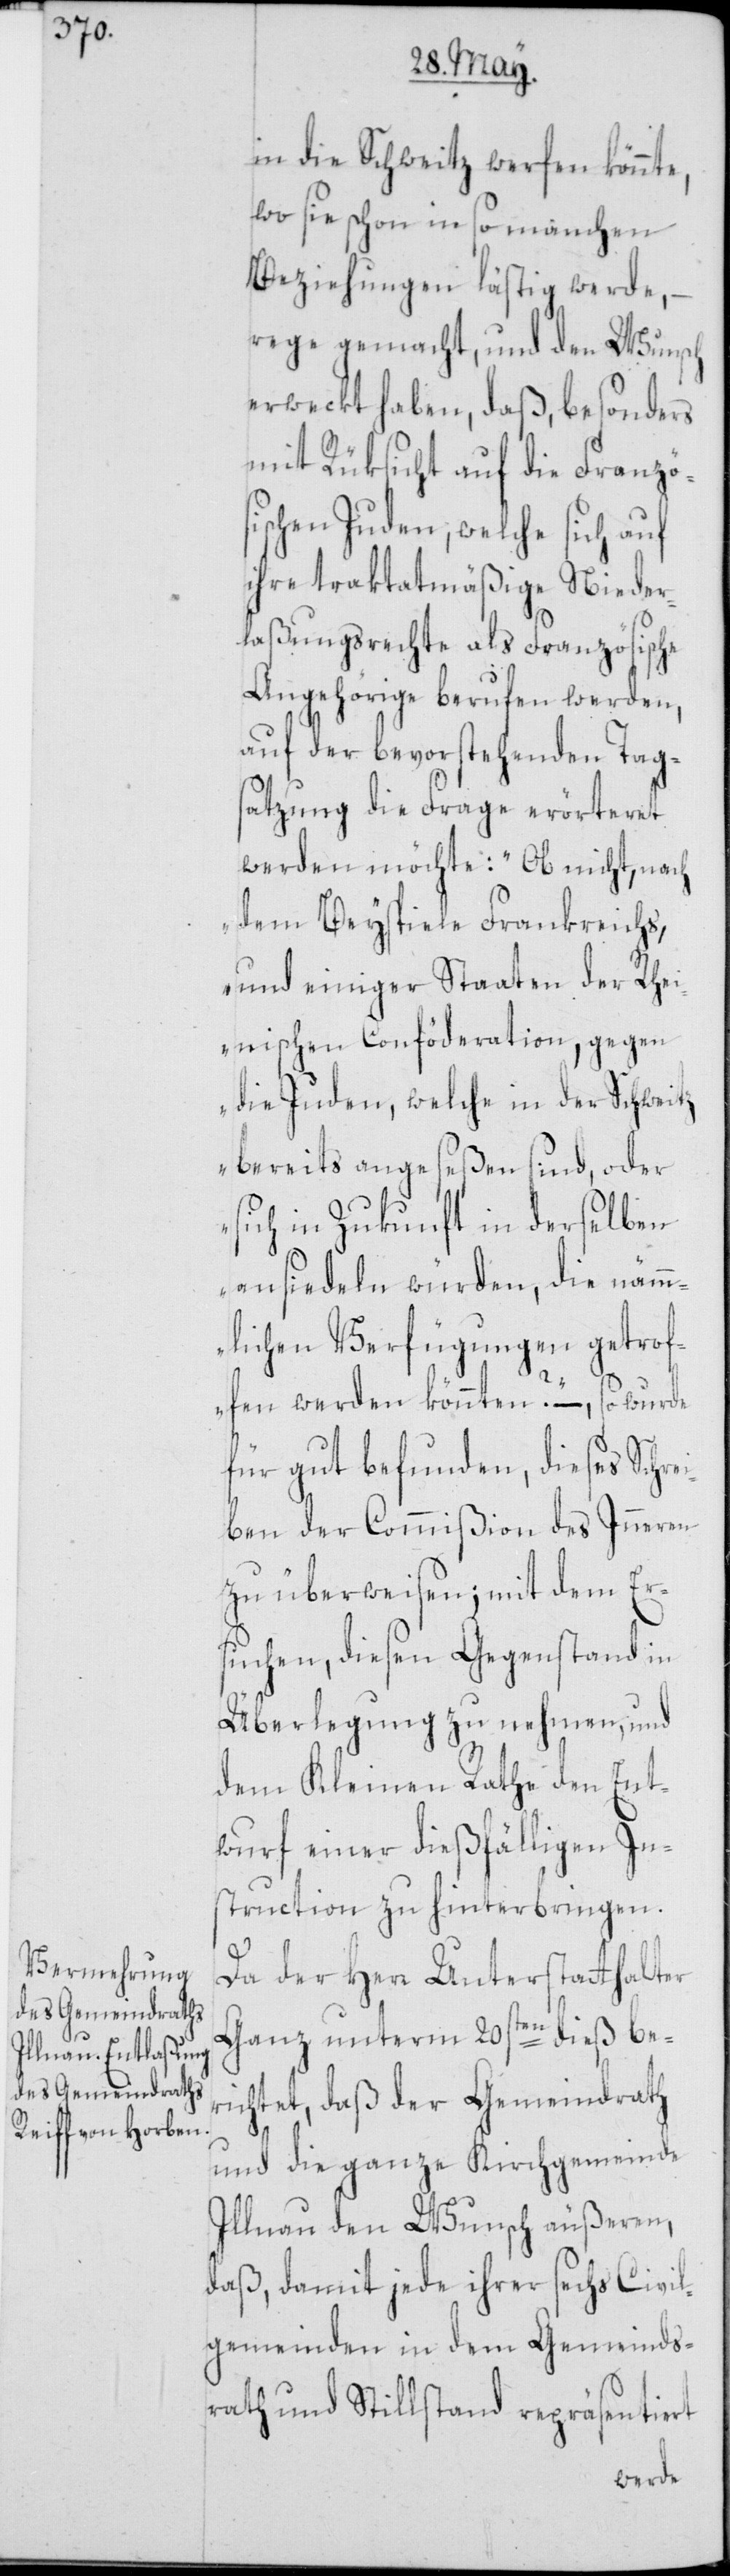
in die Schweitz werfen könnte,
wo sie schon in so manchen
Beziehungen lästig werde, –
rege gemacht, und den Wunsch
erweckt haben, daß, besonders
mit Rüksicht auf die Französ¬
ischen Juden, welche sich, auf
ihre traktatmäßige Nieder¬
laßungsrechte als Französische
Angehörige berufen werden,
auf der bevorstehenden Tags¬
atzung die Frage erörteret
werden möchte: „Ob nicht, nach
dem Beyspiele Frankreichs,
und einiger Staaten der Rhei¬
nischen Conföderation, gegen
die Juden, welche in der Schweitz
bereits angeseßen sind, oder
sich in Zukunft in derselben
ansiedeln würden, die näm¬
mlichen Verfügungen getrof¬
fen werden könnten?“ –, so wurde
für gut befunden, dieses Schre¬
iben der Commißion des Inneren
zu überweisen; mit dem Er¬
suchen, diesen Gegenstand in
Überlegung zu nehmen, und
dem Kleinen Rathe den Ent¬
wurf einer dießfälligen In¬
struction zu hinterbringen.
Da der Herr Unterstatthalter
Ganz unterm 20sten dieß be¬
richtet, daß der Gemeindrath
und die ganze Kirchgemeinde
Illnau den Wunsch äußeren,
daß, damit jede ihrer sechs Civil¬
gemeinden in dem Gemeinds¬
rath und Stillstand repräsentiert